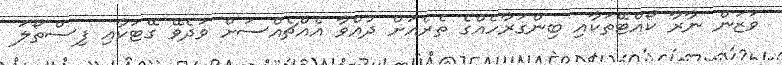
ވަޒަން ނާރާ ކޯއްޓޭތަކާއި ބިންގަރާހެއްގެ ތެރެއަށް ދުއްވާ އެއްޗެއްސަށް ވަދެވޭ ގޭޓަކާއި ފިސްތޯލަ